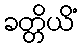
ခတ္တိယိံ